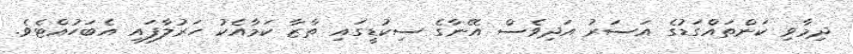
ދިމާވި ކަންތައްގަޑުގެ އަސަރު އަދިވެސް އޭނާގެ ސިކުޑީގައި ތާޒާ ކަމާއެކު ހަރުލާފައި އެބަހުއްޓެވެ.